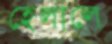
হেলালে